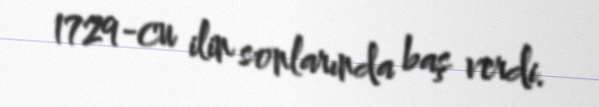
1729-cu ilin sonlarında baş verdi.